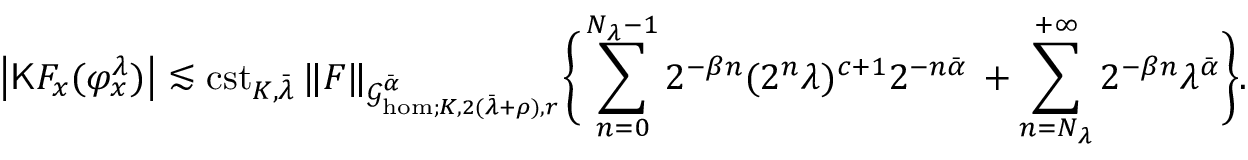
\left| \mathsf { K } F _ { x } ( \varphi _ { x } ^ { \lambda } ) \right| \lesssim \mathrm { c s t } _ { K , \bar { \lambda } } \, \| F \| _ { \mathcal { G } _ { \mathrm { h o m } ; K , 2 ( \bar { \lambda } + \rho ) , r } ^ { \bar { \alpha } } } \Bigg \{ \sum _ { n = 0 } ^ { N _ { \lambda } - 1 } 2 ^ { - \beta n } ( 2 ^ { n } \lambda ) ^ { c + 1 } 2 ^ { - n \bar { \alpha } } \, + \sum _ { n = N _ { \lambda } } ^ { + \infty } 2 ^ { - \beta n } \lambda ^ { \bar { \alpha } } \Bigg \} .